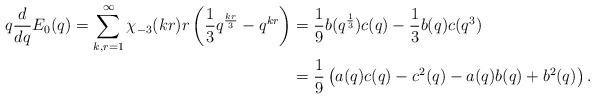
LaTeX: \begin{align*}q \frac{d}{dq} E_{0} (q)= \sum_{k, r =1}^{\infty} \chi_{-3}(kr) r \left( \frac{1}{3} q^{\frac{kr}{3}} - q^{kr} \right) &= \frac{1}{9} b(q^{\frac{1}{3}}) c(q) - \frac{1}{3} b(q) c(q^{3}) \\&= \frac{1}{9} \left( a(q)c(q) - c^{2}(q) - a(q)b(q) + b^{2}(q) \right) .\end{align*}